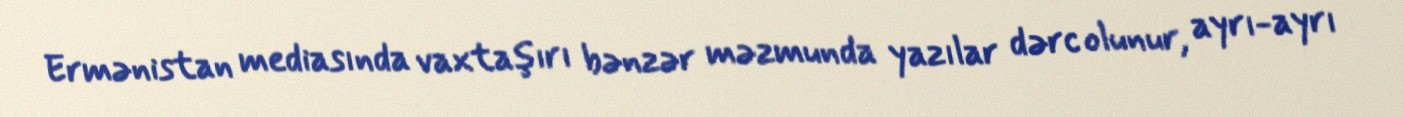
Ermənistan mediasında vaxtaşırı bənzər məzmunda yazılar dərc olunur, ayrı-ayrı